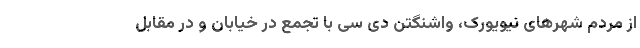
از مردم شهرهای نیویورک، واشنگتن دی سی با تجمع در خیابان و در مقابل